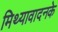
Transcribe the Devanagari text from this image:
मिथ्यावादनके